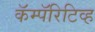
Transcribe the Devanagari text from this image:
कॅम्पॅरिटिव्ह